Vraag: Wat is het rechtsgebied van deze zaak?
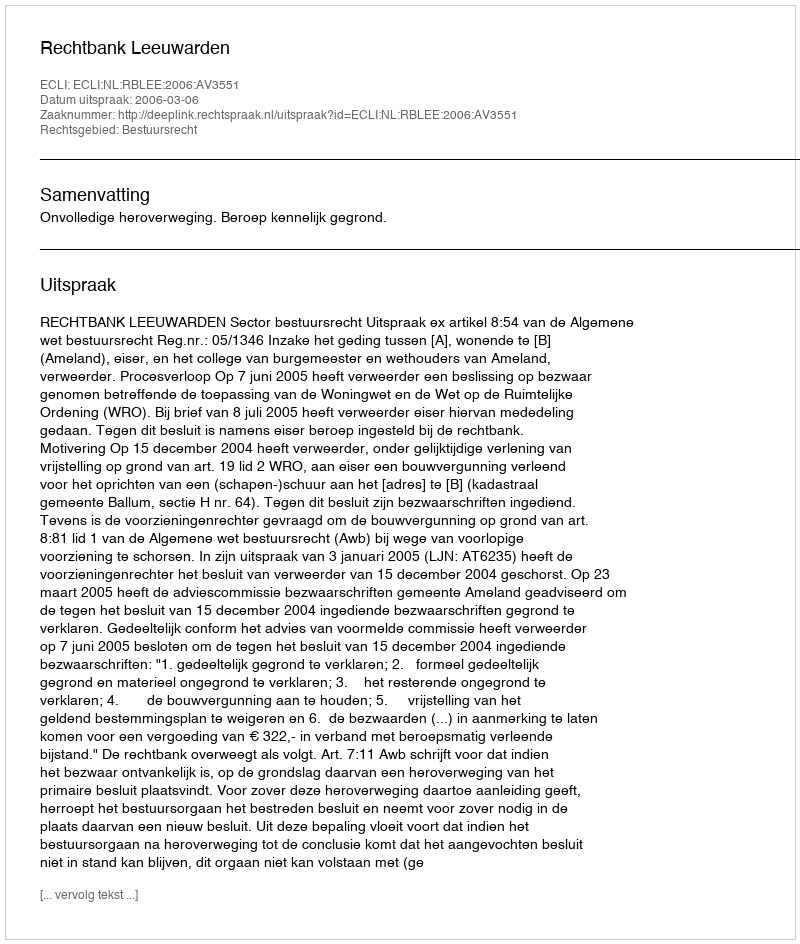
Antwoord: Bestuursrecht